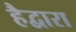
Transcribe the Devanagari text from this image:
हैद्वारा